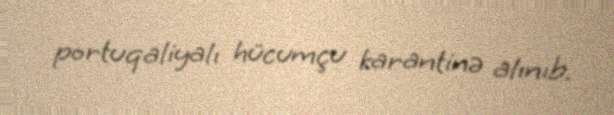
portuqaliyalı hücumçu karantinə alınıb.